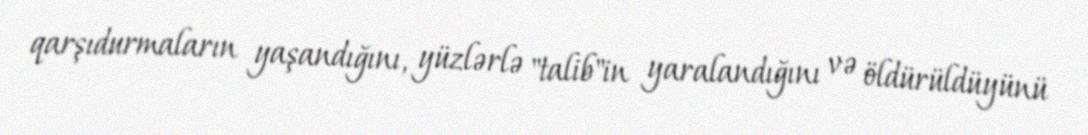
qarşıdurmaların yaşandığını, yüzlərlə "talib"in yaralandığını və öldürüldüyünü